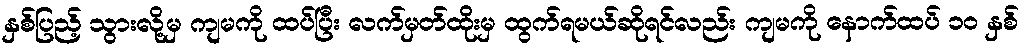
နှစ်ပြည့် သွားလို့မှ ကျမကို ထပ်ပြီး လက်မှတ်ထိုးမှ ထွက်ရမယ်ဆိုရင်လည်း ကျမကို နောက်ထပ် ၁ဝ နှစ်